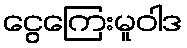
ငွေကြေးမူဝါဒ